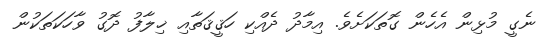
ނެގީ މުޅިން އެހެން ގޮތަކަށެވެ. އިމާދު ދެއްކި ހަޤީޤަތާއި ޚިލާފު ދޮގު ވާހަކަތަކުން